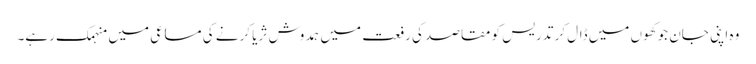
وہ اپنی جان جوکھوں میں ڈال کر تدریس کو مقاصد کی رفعت میں ہمدوش ثریا کرنے کی مساعی میں منہمک رہے۔